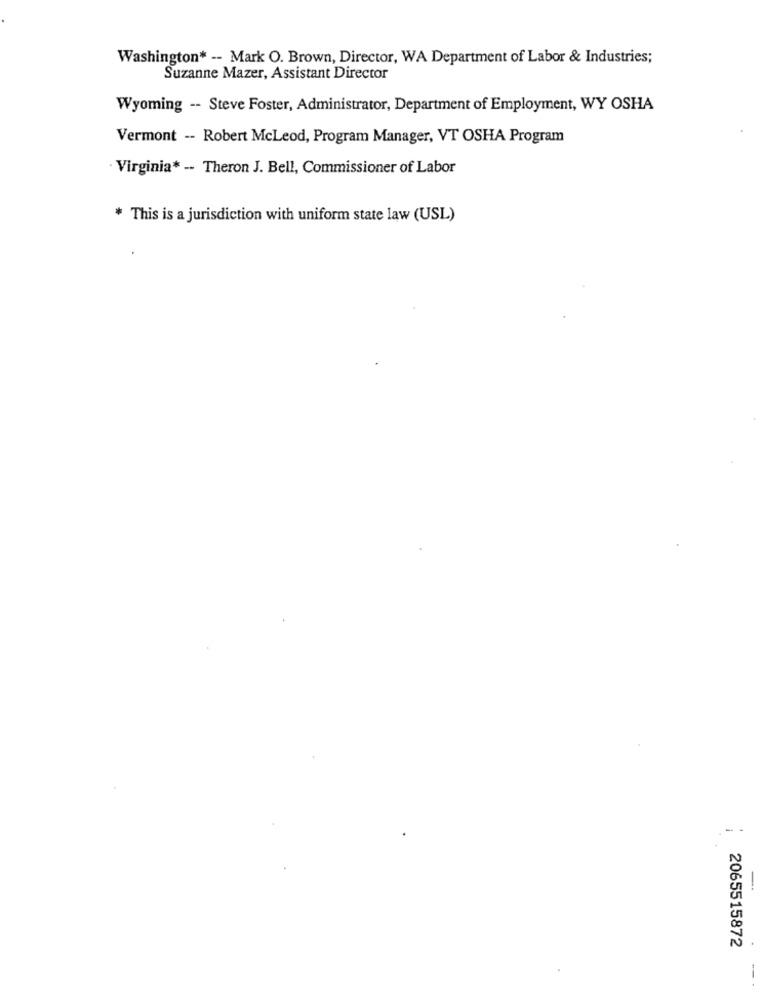
Washington* -- Mark O. Brown, Director, WA Department of Labor & Industries;
Suzanne Mazer, Assistant Director
Wyoming -- Steve Foster, Administrator, Department of Employment, WY OSHA
Vermont -- Robert McLeod, Program Manager, VT OSHA Program
· Virginia* -- Theron J. Bell, Commissioner of Labor
* This is a jurisdiction with uniform state law (USL)
2065515872